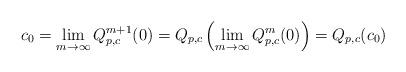
LaTeX: \begin{align*}c_0=\lim_{m \rightarrow \infty} Q_{p,c}^{m+1}(0)= Q_{p,c}\left( \lim_{m \rightarrow \infty} Q_{p,c}^{m}(0) \right)= Q_{p,c}(c_0)\end{align*}